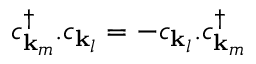
c _ { \mathbf { k } _ { m } } ^ { \dagger } . c _ { \mathbf { k } _ { l } } = - c _ { \mathbf { k } _ { l } } . c _ { \mathbf { k } _ { m } } ^ { \dagger }